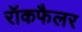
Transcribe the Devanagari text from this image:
रॉकफैलर